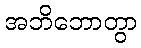
အဘိဘောတွာ